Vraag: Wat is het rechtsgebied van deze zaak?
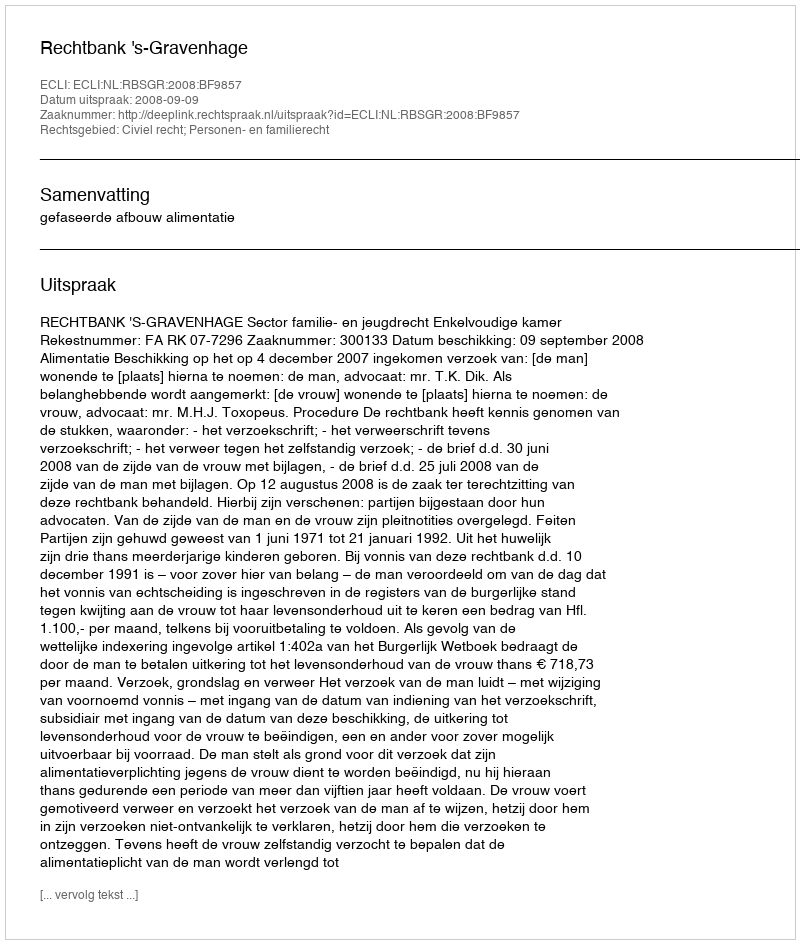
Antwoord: Civiel recht; Personen- en familierecht